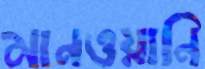
মানওয়ানি